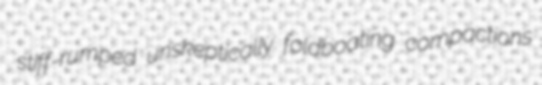
stiff-rumped unskeptically foldboating compactions